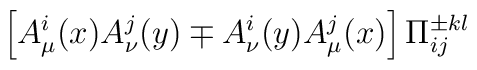
\left[ A_\mu ^i(x) A_\nu ^j(y) \mp A_\nu ^i(y) A_\mu ^j(x)\right]\Pi _{ij}^{\pm kl}